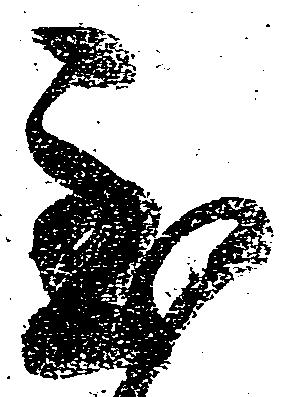
至